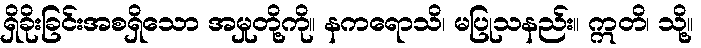
ရှိခိုးခြင်းအစရှိသော အမှုတို့ကို။ နကရောသိ၊ မပြုသနည်း။ ဣတိ၊ သို့။